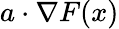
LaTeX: a\cdot\nabla F(x)